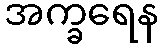
အက္ခရေန